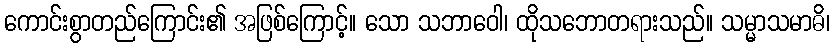
ကောင်းစွာတည်ကြောင်း၏ အဖြစ်ကြောင့်။ သော သဘာဝေါ၊ ထိုသဘောတရားသည်။ သမ္မာသမာဓိ၊